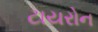
ટાયરોન